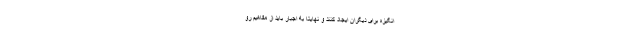
انگیزه برای دیگران ایجاد کنند و نهایتا به اجبار باید از مفاهیم رو